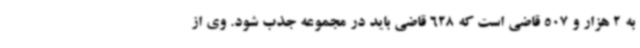
به 2 هزار و 507 قاضی است که 628 قاضی باید در مجموعه جذب شود. وی از